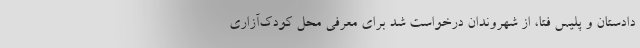
دادستان و پلیس فتا، از شهروندان درخواست شد برای معرفی محل کودک‌آزاری